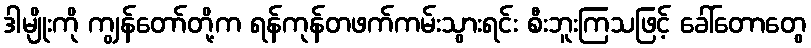
ဒါမျိုးကို ကျွန်တော်တို့က ရန်ကုန်တဖက်ကမ်းသွားရင်း စီးဘူးကြသဖြင့် ခေါ်တောတွေ